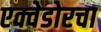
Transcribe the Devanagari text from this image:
एक्वेडोरचा